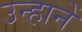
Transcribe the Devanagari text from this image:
उन्हानें